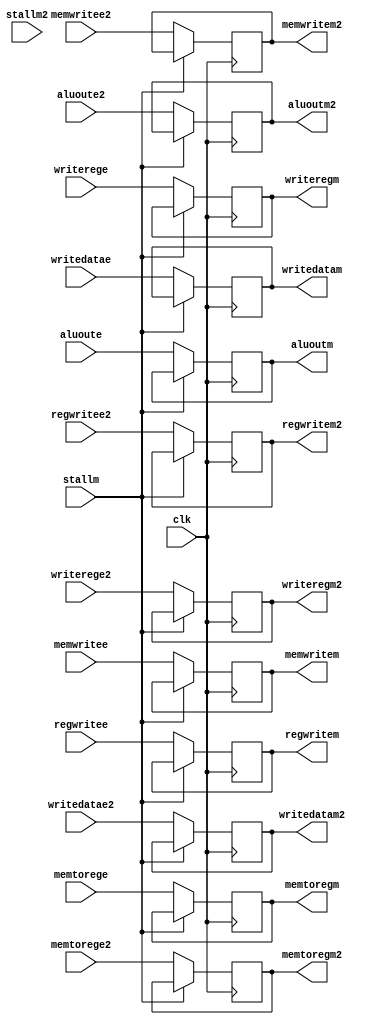
module pipeem(clk,writerege,writerege2,aluoute,aluoute2,writedatae,writedatae2,memwritee,memwritee2,
	      regwritee,regwritee2,memtorege,memtorege2,regwritem,regwritem2,memtoregm,memtoregm2,
              memwritem,memwritem2,writeregm,writeregm2,aluoutm,aluoutm2,writedatam,writedatam2,stallm,stallm2);
  input clk;
  input [4:0]  writerege,writerege2;
  input [31:0] aluoute,writedatae,aluoute2,writedatae2;
  input memwritee,memwritee2,regwritee,regwritee2,memtorege,memtorege2,stallm,stallm2;
  output reg regwritem,memtoregm,memwritem,regwritem2,memtoregm2,memwritem2;
  output reg [4:0] writeregm, writeregm2;
  output reg [31:0] aluoutm,writedatam,aluoutm2,writedatam2;
  
  always @ (posedge clk) begin
    if (!stallm) begin
      regwritem<=regwritee;
      memtoregm<=memtorege;
      memwritem<=memwritee;
      aluoutm<=aluoute;
      writedatam<=writedatae;
      writeregm<=writerege;
      regwritem2<=regwritee2;
      memtoregm2<=memtorege2;
      memwritem2<=memwritee2;
      aluoutm2<=aluoute2;
      writedatam2<=writedatae2;
      writeregm2<=writerege2;
    end
  end
endmodule